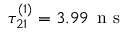
\tau _ { 2 1 } ^ { ( 1 ) } = 3 . 9 9 \, \mathrm { ~ n ~ s ~ }